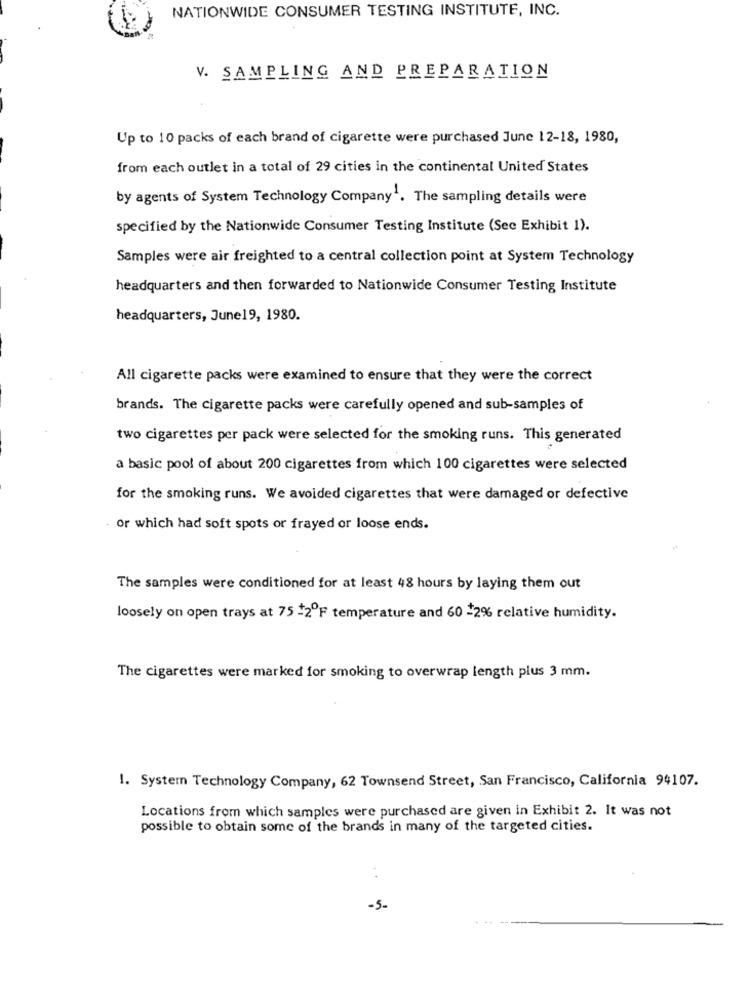
NATIONWIDE CONSUMER TESTING INSTITUTE, INC.
V. SAMPLING AND PREPARATION
Up to 10 packs of each brand of cigarette were purchased June 12-18, 1980,
from each outlet in a total of 29 cities in the continental United States
by agents of System Technology Company1. The sampling details were
specified by the Nationwide Consumer Testing Institute (Sec Exhibit 1).
Samples were air freighted to a central collection point at System Technology
headquarters and then forwarded to Nationwide Consumer Testing Institute
headquarters, June19, 1980.
All cigarette packs were examined to ensure that they were the correct
brands. The cigarette packs were carefully opened and sub-samples of
two cigarettes per pack were selected for the smoking runs. This generated
a basic pool of about 200 cigarettes from which 100 cigarettes were selected
for the smoking runs. We avoided cigarettes that were damaged or defective
. or which had soft spots or frayed or loose ends.
The samples were conditioned for at least 48 hours by laying them out
loosely on open trays at 75 -2ºF temperature and 60 -2% relative humidity.
The cigarettes were marked for smoking to overwrap length plus 3 mm.
1. System Technology Company, 62 Townsend Street, San Francisco, California 94107.
Locations from which samples were purchased are given in Exhibit 2. It was not
possible to obtain some of the brands in many of the targeted cities.
. .
-5-